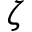
\zeta